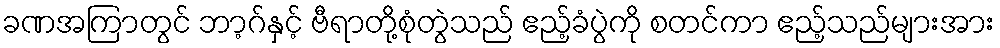
ခဏအကြာတွင် ဘာ့ဂ်နှင့် ဗီရာတို့စုံတွဲသည် ဧည့်ခံပွဲကို စတင်ကာ ဧည့်သည်များအား